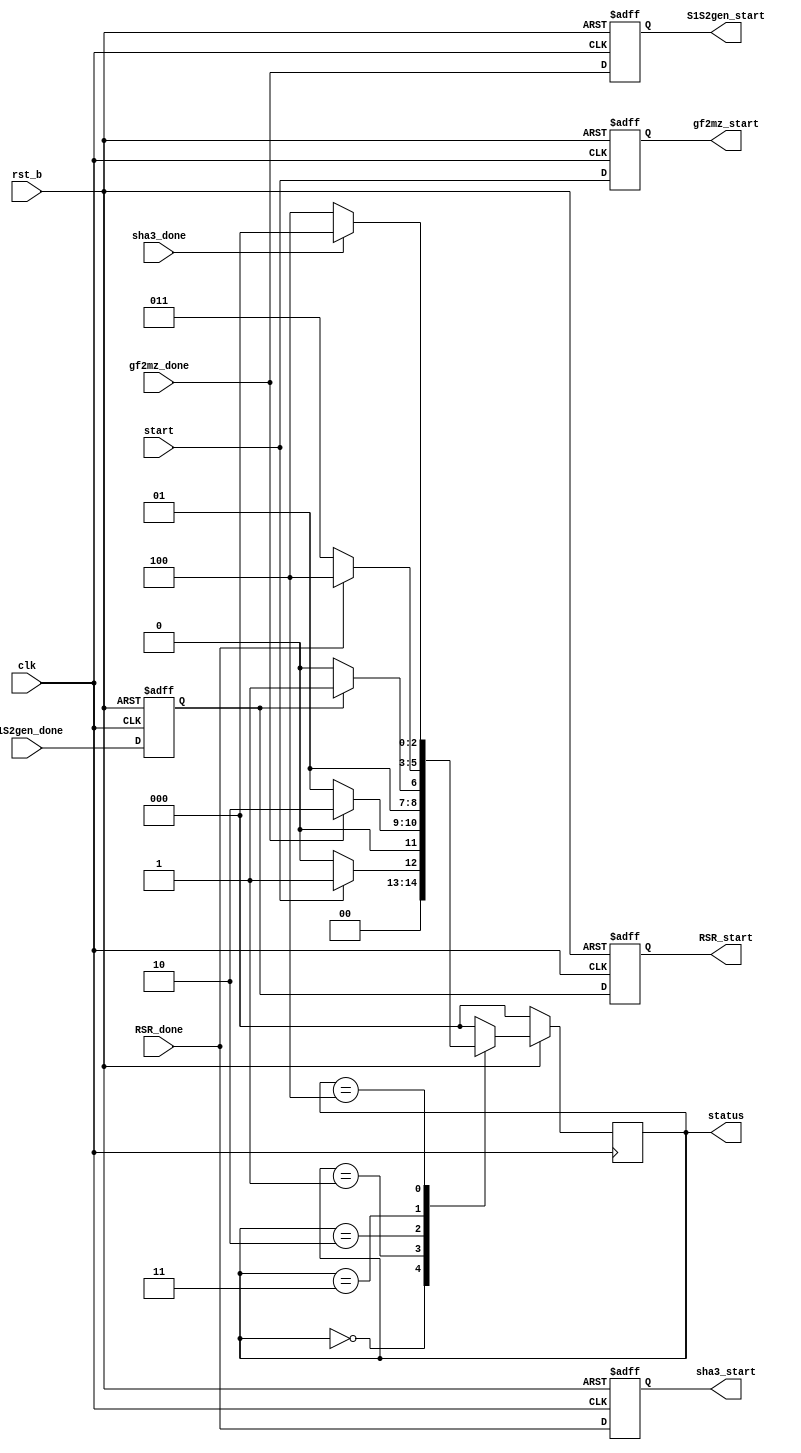
module ctrl_top(
    input wire          clk,   
    input wire          rst_b,
    input wire          start,

    //interacts other components
    output reg          gf2mz_start,
    input wire          gf2mz_done,
    output reg          S1S2gen_start,
    input wire          S1S2gen_done,
    output reg          RSR_start,
    input wire          RSR_done,
    output reg          sha3_start,
    input wire          sha3_done,

    output wire  [2:0]  status
    );

reg S1S2gen_done_reg;

//----------------------------------------------------------
// FSM state signal Declaration
//----------------------------------------------------------        
parameter       INIT = 3'd0, //do nothing, then get prepared
                GF2MZ = 3'd1, //mul for s = c*x
                S1S2GEN = 3'd2, //generate S1 S2 from s
                RSR = 3'd3,//recover error E
                SHA3 =  3'd4; //hash the error E

reg             done;

//----------------------------------------------------------
//1st always block, sequential state transition
//----------------------------------------------------------
reg    [2:0]   state, next_state;

always @ (posedge clk)
      if (!rst_b)            
            state <= INIT;        
      else                  
            state <= next_state; 

//----------------------------------------------------------
//2nd always block, combinational condition judgement
//----------------------------------------------------------
always @(*) begin
    case (state)
        INIT: 
            if (start)
                next_state = GF2MZ;
            else
                next_state = INIT;  

        GF2MZ:
            if (gf2mz_done)
                next_state = S1S2GEN;
            else   
                next_state = GF2MZ;  

        S1S2GEN:
            if (S1S2gen_done_reg)
                next_state = RSR;  
            else 
                next_state = S1S2GEN;   

        RSR:
            if (RSR_done)
                next_state = SHA3;
            else     
                next_state = RSR;   

        SHA3:
            if (sha3_done)
                next_state = INIT;
            else 
                next_state = SHA3;    

        default:
            next_state = INIT;        
    endcase
end


always @(posedge clk or negedge rst_b) begin
    if (~rst_b) begin
        // reset
        gf2mz_start <= 0;
        S1S2gen_start <= 0; 
        RSR_start <= 0;
        sha3_start <= 0;
    end
    else begin
        gf2mz_start <= start;
        S1S2gen_start <= gf2mz_done;
        RSR_start <= S1S2gen_done_reg;
        sha3_start <= RSR_done;
    end
end

always @(posedge clk or negedge rst_b) begin
    if (~rst_b) begin
        // reset
        S1S2gen_done_reg <= 0;
    end
    else begin
        S1S2gen_done_reg <= S1S2gen_done;
    end
end

assign status = state;

endmodule